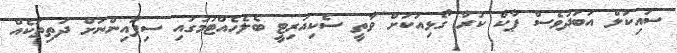
ސައިކަލް އަބަދުވެސް ޕާކް ކުރާ ގޯޅިއަކަށް ވާތީ ސެކިއުރިޓީ ބެލެހެއްޓުމުގައި ސިފައިންނަށް ދަތިތަކެއް